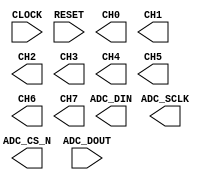

module ADC (
	CLOCK,
	RESET,
	CH0,
	CH1,
	CH2,
	CH3,
	CH4,
	CH5,
	CH6,
	CH7,
	ADC_SCLK,
	ADC_CS_N,
	ADC_DOUT,
	ADC_DIN);	

	input		CLOCK;
	input		RESET;
	output	[11:0]	CH0;
	output	[11:0]	CH1;
	output	[11:0]	CH2;
	output	[11:0]	CH3;
	output	[11:0]	CH4;
	output	[11:0]	CH5;
	output	[11:0]	CH6;
	output	[11:0]	CH7;
	output		ADC_SCLK;
	output		ADC_CS_N;
	input		ADC_DOUT;
	output		ADC_DIN;
endmodule